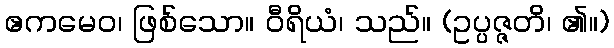
ဧကမေဝ၊ ဖြစ်သော။ ဝီရိယံ၊ သည်။ (ဥပ္ပဇ္ဇတိ၊ ၏။)